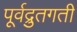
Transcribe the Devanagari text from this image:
पूर्वद्रुतगती